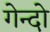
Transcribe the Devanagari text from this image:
गेन्दो